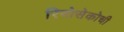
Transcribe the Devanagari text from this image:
रियोसेकोची